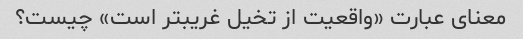
معنای عبارت «واقعیت از تخیل غریبتر است» چیست؟